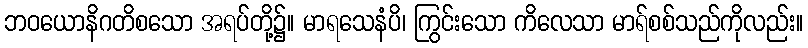
ဘဝယောနိဂတိစသော အရပ်တို့၌။ မာရသေနံပိ၊ ကြွင်းသော ကိလေသာ မာရ်စစ်သည်ကိုလည်း။